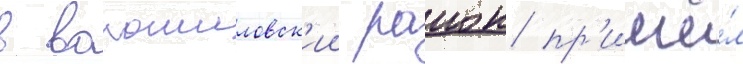
в ворошиловск'ии раион пр'ишё́л